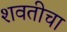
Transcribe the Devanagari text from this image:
शवतीचा